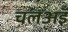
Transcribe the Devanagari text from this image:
चलअइँ